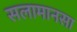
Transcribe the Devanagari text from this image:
सलामानसा